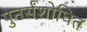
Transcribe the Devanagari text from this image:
पुनर्संशोधित